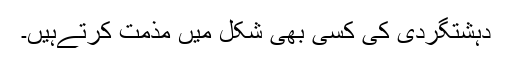
دہشتگردی کی کسی بھی شکل میں مذمت کرتےہیں۔